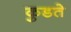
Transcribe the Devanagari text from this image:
कुडते